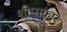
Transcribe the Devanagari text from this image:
शीप्सकार